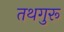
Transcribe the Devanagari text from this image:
तथगुरू